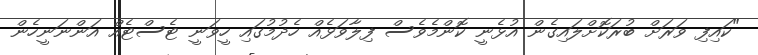
"ކައިފި ވަރަށް ބުރަކޮށްލައިގެން އުޅެނީ ކޮންމެވެސް ފިލާވަޅެއް ހެދުމުގައި ހީވަނީ ޓެސްޓެއް އަންނަނީހެން